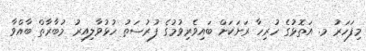
މިފަހަރު މ. އަތޮޅުގެ ހުރިހާ ރަށަކަށް ބައިވެރިވުމުގެ ފުރުސަތު ހުޅުވާލިއިރު މުބާރާތް ބާއްވާ